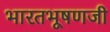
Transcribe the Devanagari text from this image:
भारतभूषणजी